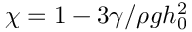
\chi = 1 - 3 \gamma / \rho g h _ { 0 } ^ { 2 }